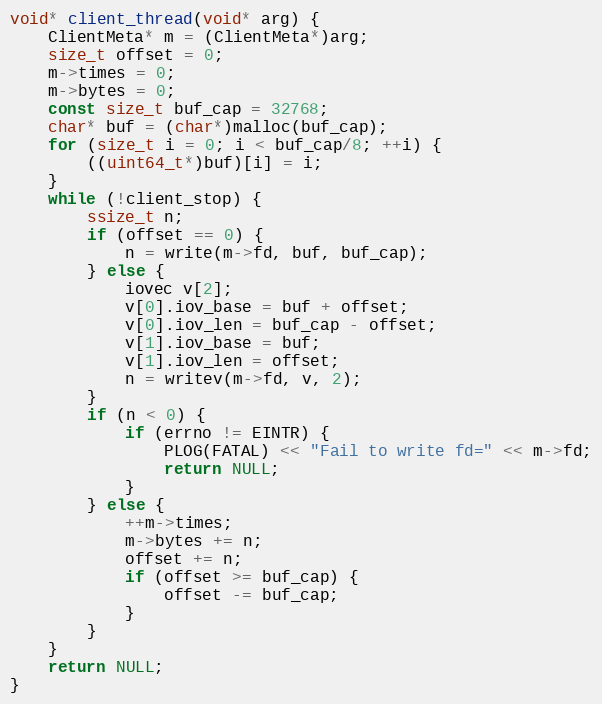
Language: C++
void* client_thread(void* arg) {
    ClientMeta* m = (ClientMeta*)arg;
    size_t offset = 0;
    m->times = 0;
    m->bytes = 0;
    const size_t buf_cap = 32768;
    char* buf = (char*)malloc(buf_cap);
    for (size_t i = 0; i < buf_cap/8; ++i) {
        ((uint64_t*)buf)[i] = i;
    }
    while (!client_stop) {
        ssize_t n;
        if (offset == 0) {
            n = write(m->fd, buf, buf_cap);
        } else {
            iovec v[2];
            v[0].iov_base = buf + offset;
            v[0].iov_len = buf_cap - offset;
            v[1].iov_base = buf;
            v[1].iov_len = offset;
            n = writev(m->fd, v, 2);
        }
        if (n < 0) {
            if (errno != EINTR) {
                PLOG(FATAL) << "Fail to write fd=" << m->fd;
                return NULL;
            }
        } else {
            ++m->times;
            m->bytes += n;
            offset += n;
            if (offset >= buf_cap) {
                offset -= buf_cap;
            }
        }
    }
    return NULL;
}